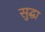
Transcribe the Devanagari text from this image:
सुद्घा